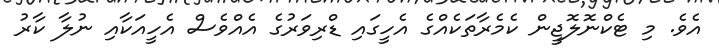
އެވެ. މި ޓެކްނޮލޮޖީން ކެމެރާތަކެއްގެ އެހީގައި ޑްރިވަރުގެ އެއްވެސް އެހީއަކާއި ނުލާ ކާރު